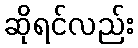
ဆိုရင်လည်း